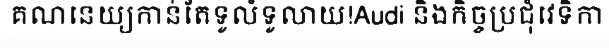
គណនេយ្យកាន់តែទូលំទូលាយ!Audi និងកិច្ចប្រជុំវេទិកា